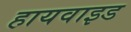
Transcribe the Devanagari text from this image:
हायवाइड